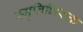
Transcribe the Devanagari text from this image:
स्मृतिभिरुक्त